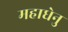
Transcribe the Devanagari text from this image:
महाधेनु